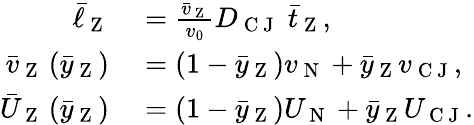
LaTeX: \begin{array}{rl}{\bar{\ell}_{\mathrm{~Z~}}}&{{}=\frac{\bar{v}_{\mathrm{~Z~}}}{v_{0}}D_{\mathrm{~C~J~}}\; \bar{t}_{\mathrm{~Z~}},}\\ {\bar{v}_{\mathrm{~Z~}}\left(\bar{y}_{\mathrm{~Z~}}\right)}&{{}=\left(1-\bar{y}_{\mathrm{~Z~}}\right)v_{\mathrm{~N~}}+\bar{y}_{\mathrm{~Z~}}v_{\mathrm{~C~J~}},}\\ {\bar{U}_{\mathrm{~Z~}}\left(\bar{y}_{\mathrm{~Z~}}\right)}&{{}=\left(1-\bar{y}_{\mathrm{~Z~}}\right)U_{\mathrm{~N~}}+\bar{y}_{\mathrm{~Z~}}U_{\mathrm{~C~J~}}.}\end{array}